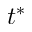
t ^ { * }